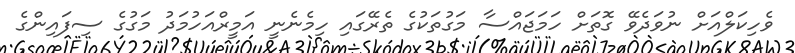
ވެހިކަލްއަށް ނުވަދެވޭ ގޮތަށް ހަމަޖައްސާ މަގުތަކުގެ ތެރޭގައި ހިމެނެނީ އަމީރްއަހުމަދު މަގުގެ ސިފައިންގެ